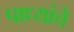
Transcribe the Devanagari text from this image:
पाध्यांचे